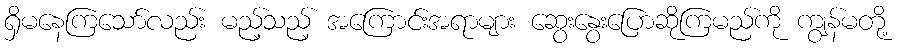
ရှိမနေကြသော်လည်း မည့်သည့် အကြောင်းအရာများ ဆွေးနွေးပြောဆိုကြမည်ကို ကျွန်မတို့